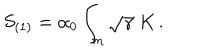
S _ { ( 1 ) } = \alpha _ { 0 } \int _ { m } \sqrt { \gamma } \; K \, .